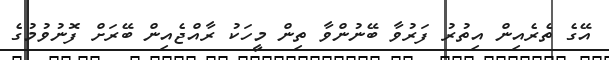
އޭގެ ތެރެއިން އިތުރު ފަރުވާ ބޭނުންވާ ތިން މީހަކު ރާއްޖެއިން ބޭރަށް ފޮނުވުމުގެ